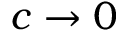
c \to 0